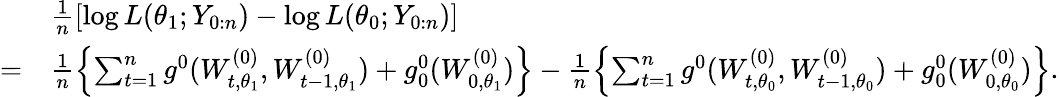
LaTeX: \begin{array}{rl}&{\frac{1}{n}\left[\log L(\theta_{1};Y_{0:n})-\log L(\theta_{0};Y_{0:n})\right]}\\ {=}&{\frac{1}{n}\left\{ \sum_{t=1}^{n}g^{0}(W_{t,\theta_{1}}^{(0)},W_{t-1,\theta_{1}}^{(0)})+g_{0}^{0}(W_{0,\theta_{1}}^{(0)})\right\} -\frac{1}{n}\left\{ \sum_{t=1}^{n}g^{0}(W_{t,\theta_{0}}^{(0)},W_{t-1,\theta_{0}}^{(0)})+g_{0}^{0}(W_{0,\theta_{0}}^{(0)})\right\} .}\end{array}